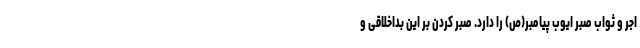
اجر و ثواب صبر ایوب پیامبر(ص) را دارد. صبر کردن بر این بداخلاقی و